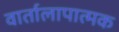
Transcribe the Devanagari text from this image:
वार्तालापात्मक